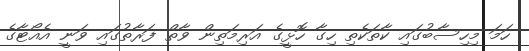
ހަމަ މިހިސާބުގައި ކާތަކެތި ހިގާ ހޮޅީގެ އަރިމަތިން ވާތް ފަރާތުގައި ވަނީ އެއޯޓާގެ